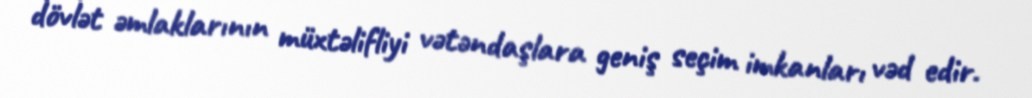
dövlət əmlaklarının müxtəlifliyi vətəndaşlara geniş seçim imkanları vəd edir.